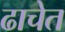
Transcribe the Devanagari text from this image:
ढाचेत